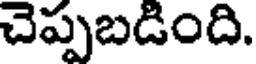
చెప్పబడింది.